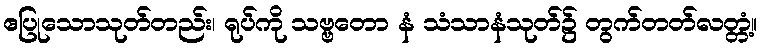
ဧပြုသောသုတ်တည်း၊ ရုပ်ကို သဗ္ဗတော နံ သံသာနံသုတ်၌ တွက်တတ်လတ္တံ့။